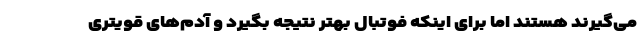
می‌گیرند هستند اما برای اینکه فوتبال بهتر نتیجه بگیرد و آدم‌های قویتری